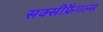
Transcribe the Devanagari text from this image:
सक्सीफ्रैगल्स